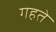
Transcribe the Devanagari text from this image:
गहते